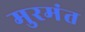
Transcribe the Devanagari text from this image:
मुरमंत